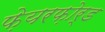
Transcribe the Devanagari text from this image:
फ़ेयरफ़ोर्ड